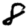
Digit: 8